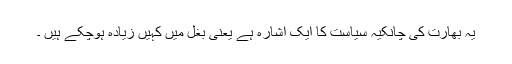
یہ بھارت کی چانکیہ سیاست کا ایک اشارہ ہے یعنی بغل میں کہیں زیادہ ہوچکے ہیں ۔